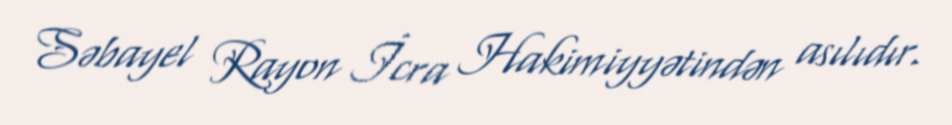
Səbayel Rayon İcra Hakimiyyətindən asılıdır.